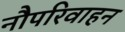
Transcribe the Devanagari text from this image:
नौपरिवाहन